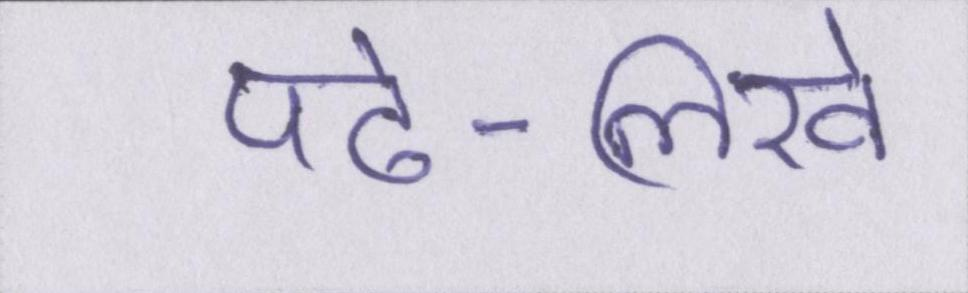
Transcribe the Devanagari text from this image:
पढ़े-लिखे